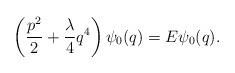
LaTeX: \begin{align*}\left(\frac{p^2}{2}+\frac{\lambda}{4}q^4\right)\psi_0(q)=E\psi_0(q).\end{align*}